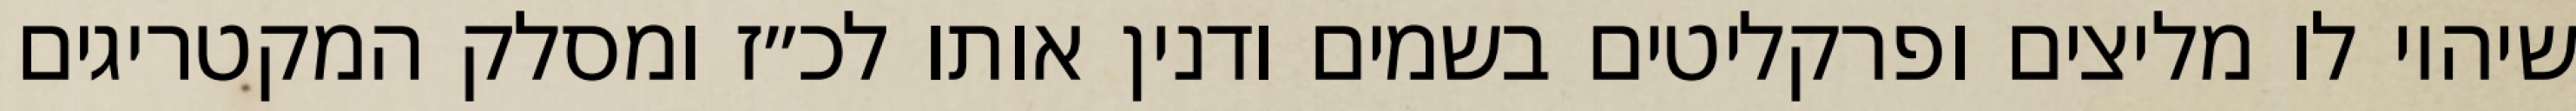
שיהיו לו מליצים ופרקליטים בשמים ודנין אותו לכ״ז ומסלק המקטריגים